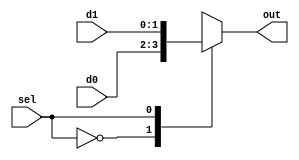
`timescale 1ns/1ps

module mux2(out,sel,d0,d1);
	parameter width=2; //,
	output  reg [width-1:0] out;
	input	[width-1:0] d0,d1;
	input	sel;
always @(*)
	begin
		case(sel)
		1'b0: out=d0;
		1'b1: out=d1;
		endcase
	end
endmodule

module mux4(out,sel,d0,d1,d2,d3);
	parameter width=2;
	output  reg [width-1:0] out;
	input	[width-1:0] d0,d1,d2,d3;
	input	sel;
always @(*)
	begin
		case(sel)
		2'b00: out=d0;
		2'b01: out=d1;
		2'b10: out=d2;
		2'b11: out=d3;
		endcase
	end
endmodule